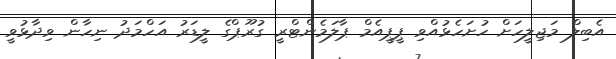
އެބިލް މަޖިލީހަށް ހުށަހެޅުއްވި ޕީޕީއެމް ޕާލަމެންޓްރީ ގުރޫޕްގެ ލީޑަރު އަހްމަދު ނިހާން ވިދާޅުވީ